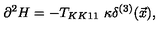
\partial ^ { 2 } H = - T _ { K K 1 1 } \ \kappa \delta ^ { ( 3 ) } ( \vec { x } ) ,